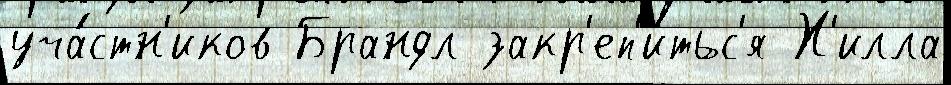
уча́стн'иков Брандл закр'еп'и́тьс'я Х'илла